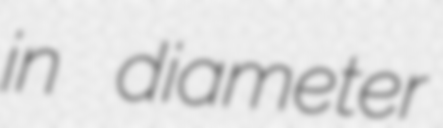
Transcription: in diameter